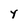
Character: y